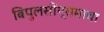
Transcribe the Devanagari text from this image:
बिपुलसोंग्रामाचा